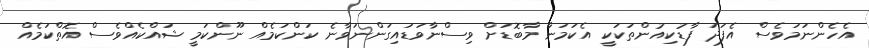
އެހެންނަމަވެސް އެފަދަ ފާޑުކިއުންތަކަކީ އެކަމަނާ މާބޮޑަށް ވިސްނާވަޑައިގަންނަވާނެ ކަންކަމެއް ނޫންކަމީ ޝައްކެއްވެސް އޮތްކަމެއް